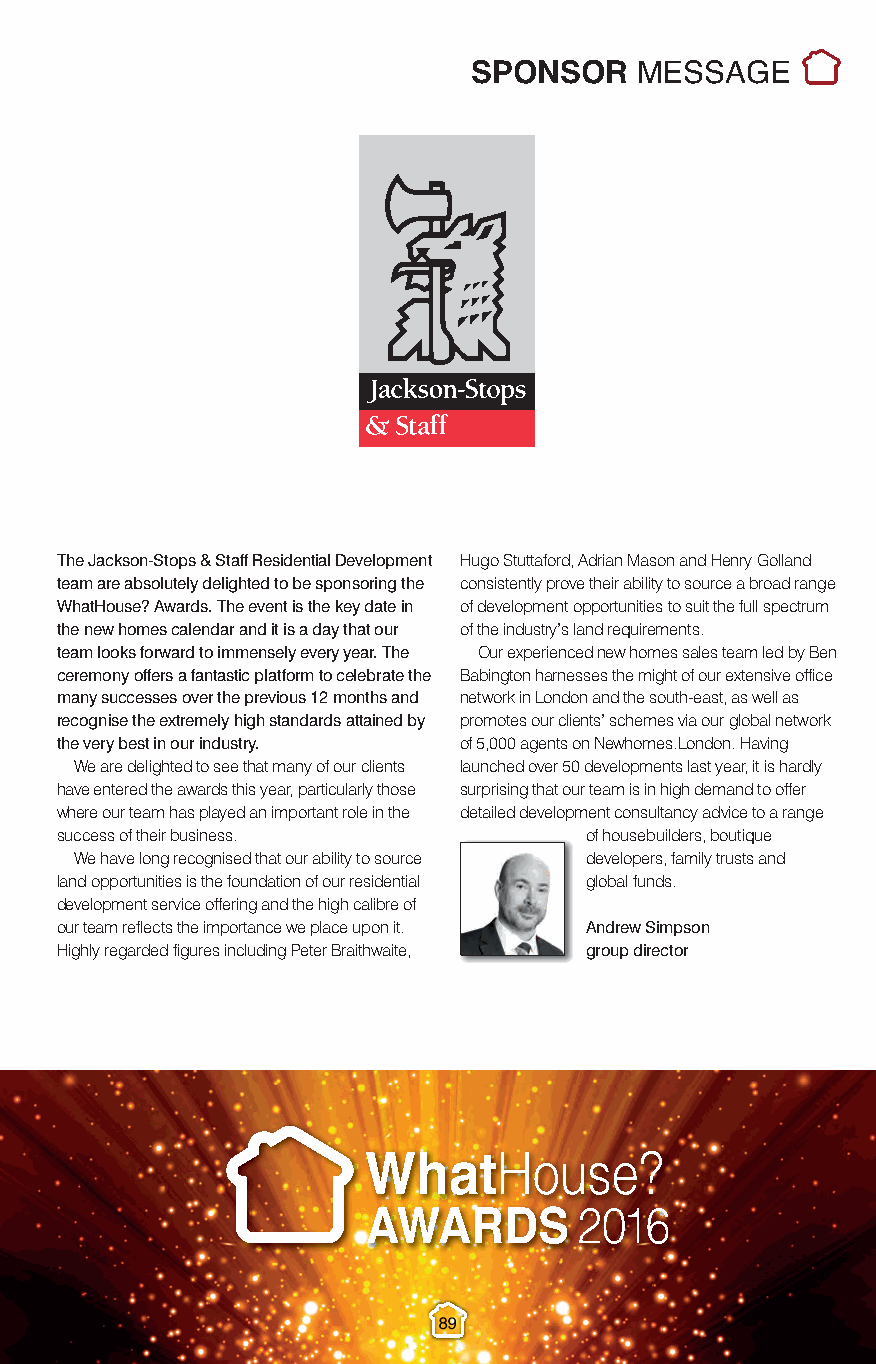
Sponsor Messages_3.qxp_Layout 1 10/11/2016 22:11 Page 10
 SPONSOR    MESSAGE
 The Jackson-Stops & Staff Residential Development Hugo Stuttaford, Adrian Mason and Henry Golland
 team are absolutely delighted to be sponsoring the consistently prove their ability to source a broad range
 WhatHouse? Awards. The event is the key date in of development opportunities to suit the full spectrum
 the new homes calendar and it is a day that our of the industry’s land requirements.
 team looks forward to immensely every year. The Our experienced new homes sales team led by Ben
 ceremony offers a fantastic platform to celebrate the Babington harnesses the might of our extensive office
 many successes over the previous 12 months and network in London and the south-east, as well as
 recognise the extremely high standards attained by promotes our clients’ schemes via our global network
 the very best in our industry. of 5,000 agents on Newhomes.London. Having
 We are delighted to see that many of our clients launched over 50 developments last year, it is hardly
 have entered the awards this year, particularly those surprising that our team is in high demand to offer
 where our team has played an important role in the detailed development consultancy advice to a range
 success of their business.         of housebuilders, boutique
 We have long recognised that our ability to source developers, family trusts and
 land opportunities is the foundation of our residential global funds.
 development service offering and the high calibre of
 our team reflects the importance we place upon it. Andrew Simpson
 Highly regarded figures including Peter Braithwaite, group director
 89